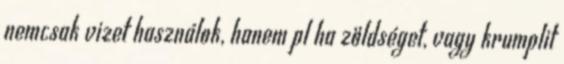
nemcsak vizet használok, hanem pl ha zöldséget, vagy krumplit